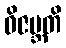
ဝိဇမ္ဘတိ